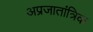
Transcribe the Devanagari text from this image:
अप्रजातांत्रिक